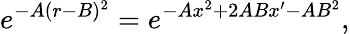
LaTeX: e^{-A(r-B)^{2}}=e^{-Ax^{2}+2ABx^{\prime}-AB^{2}},